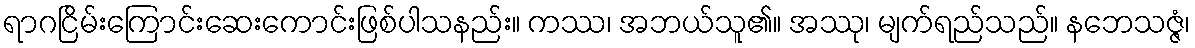
ရာဂငြိမ်းကြောင်းဆေးကောင်းဖြစ်ပါသနည်း။ ကဿ၊ အဘယ်သူ၏။ အဿု၊ မျက်ရည်သည်။ နဘေသဇ္ဇံ၊